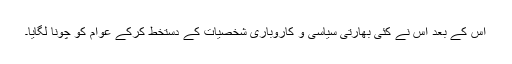
اس کے بعد اس نے کئی بھارتی سیاسی و کاروباری شخصیات کے دستخط کرکے عوام کو چونا لگایا۔